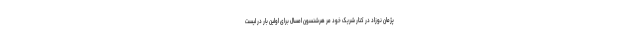
پژمان نوزاد در کنار شریک خود مر هرشنسون امسال برای اولین بار در لیست